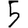
Digit: 5